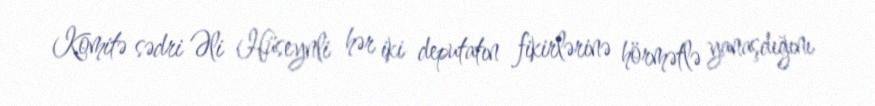
Komitə sədri Əli Hüseynli hər iki deputatın fikirlərinə hörmətlə yanaşdığını